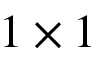
1 \times 1